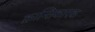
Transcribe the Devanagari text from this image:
क्रान्तिकारक